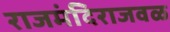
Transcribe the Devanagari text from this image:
राजमंदिराजवळ